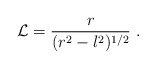
\begin{align*}{\cal L}=\frac{r}{(r^2-l^2)^{1/2}}\ .\end{align*}